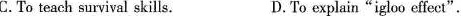
.C.To teach survival skills. D.To explain"igloo effect".